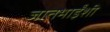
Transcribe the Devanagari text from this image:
जातभाईंशी